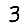
Digit: 3